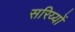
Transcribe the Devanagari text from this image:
सरिय्यों